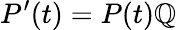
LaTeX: P^{\prime}(t)=P(t)\mathbb{Q}